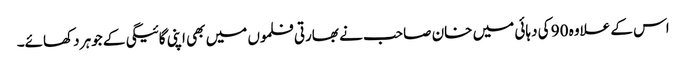
اس کے علاوہ 90 کی دہائی میں خان صاحب نے بھارتی فلموں میں بھی اپنی گائیگی کے جوہر دکھائے۔